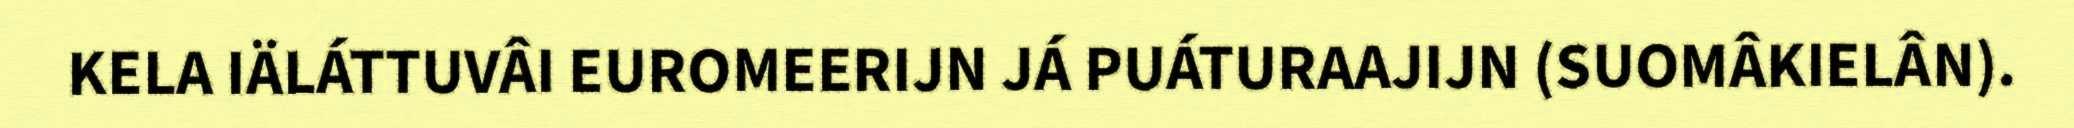
KELA IÄLÁTTUVÂI EUROMEERIJN JÁ PUÁTURAAJIJN (SUOMÂKIELÂN).